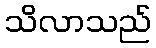
သိလာသည်